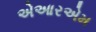
એઆરએમ